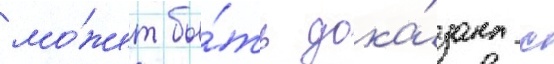
мо́жет бы́ть дока́зана с